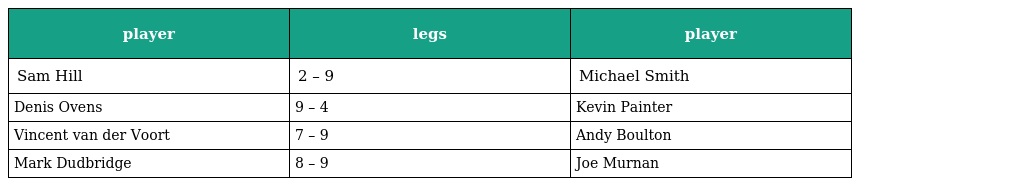
| player | legs | player |
 | --- | --- | --- |
 | Sam Hill | 2 – 9 | Michael Smith |
 | Denis Ovens | 9 – 4 | Kevin Painter |
 | Vincent van der Voort | 7 – 9 | Andy Boulton |
 | Mark Dudbridge | 8 – 9 | Joe Murnan |